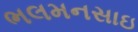
ભલમનસાઇ